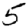
Digit: 5